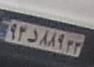
۹۳د۸۸۹۳۳